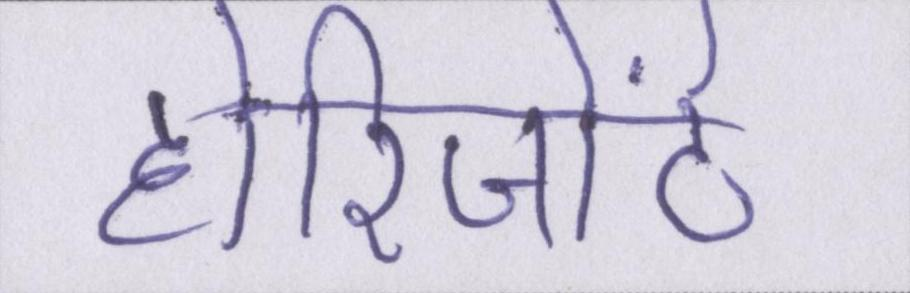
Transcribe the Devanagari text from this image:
होरिजोंटे